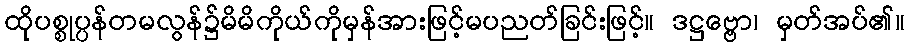
ထိုပစ္စုပ္ပန်တမလွန်၌မိမိကိုယ်ကိုမှန်အားဖြင့်မပညတ်ခြင်းဖြင့်။ ဒဋ္ဌဗ္ဗော၊ မှတ်အပ်၏။